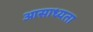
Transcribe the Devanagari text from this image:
आसाध्यता